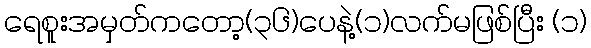
ရေစူးအမှတ်ကတော့(၃၆)ပေနဲ့(၁)လက်မဖြစ်ပြီး (၁)